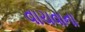
વાચવાના